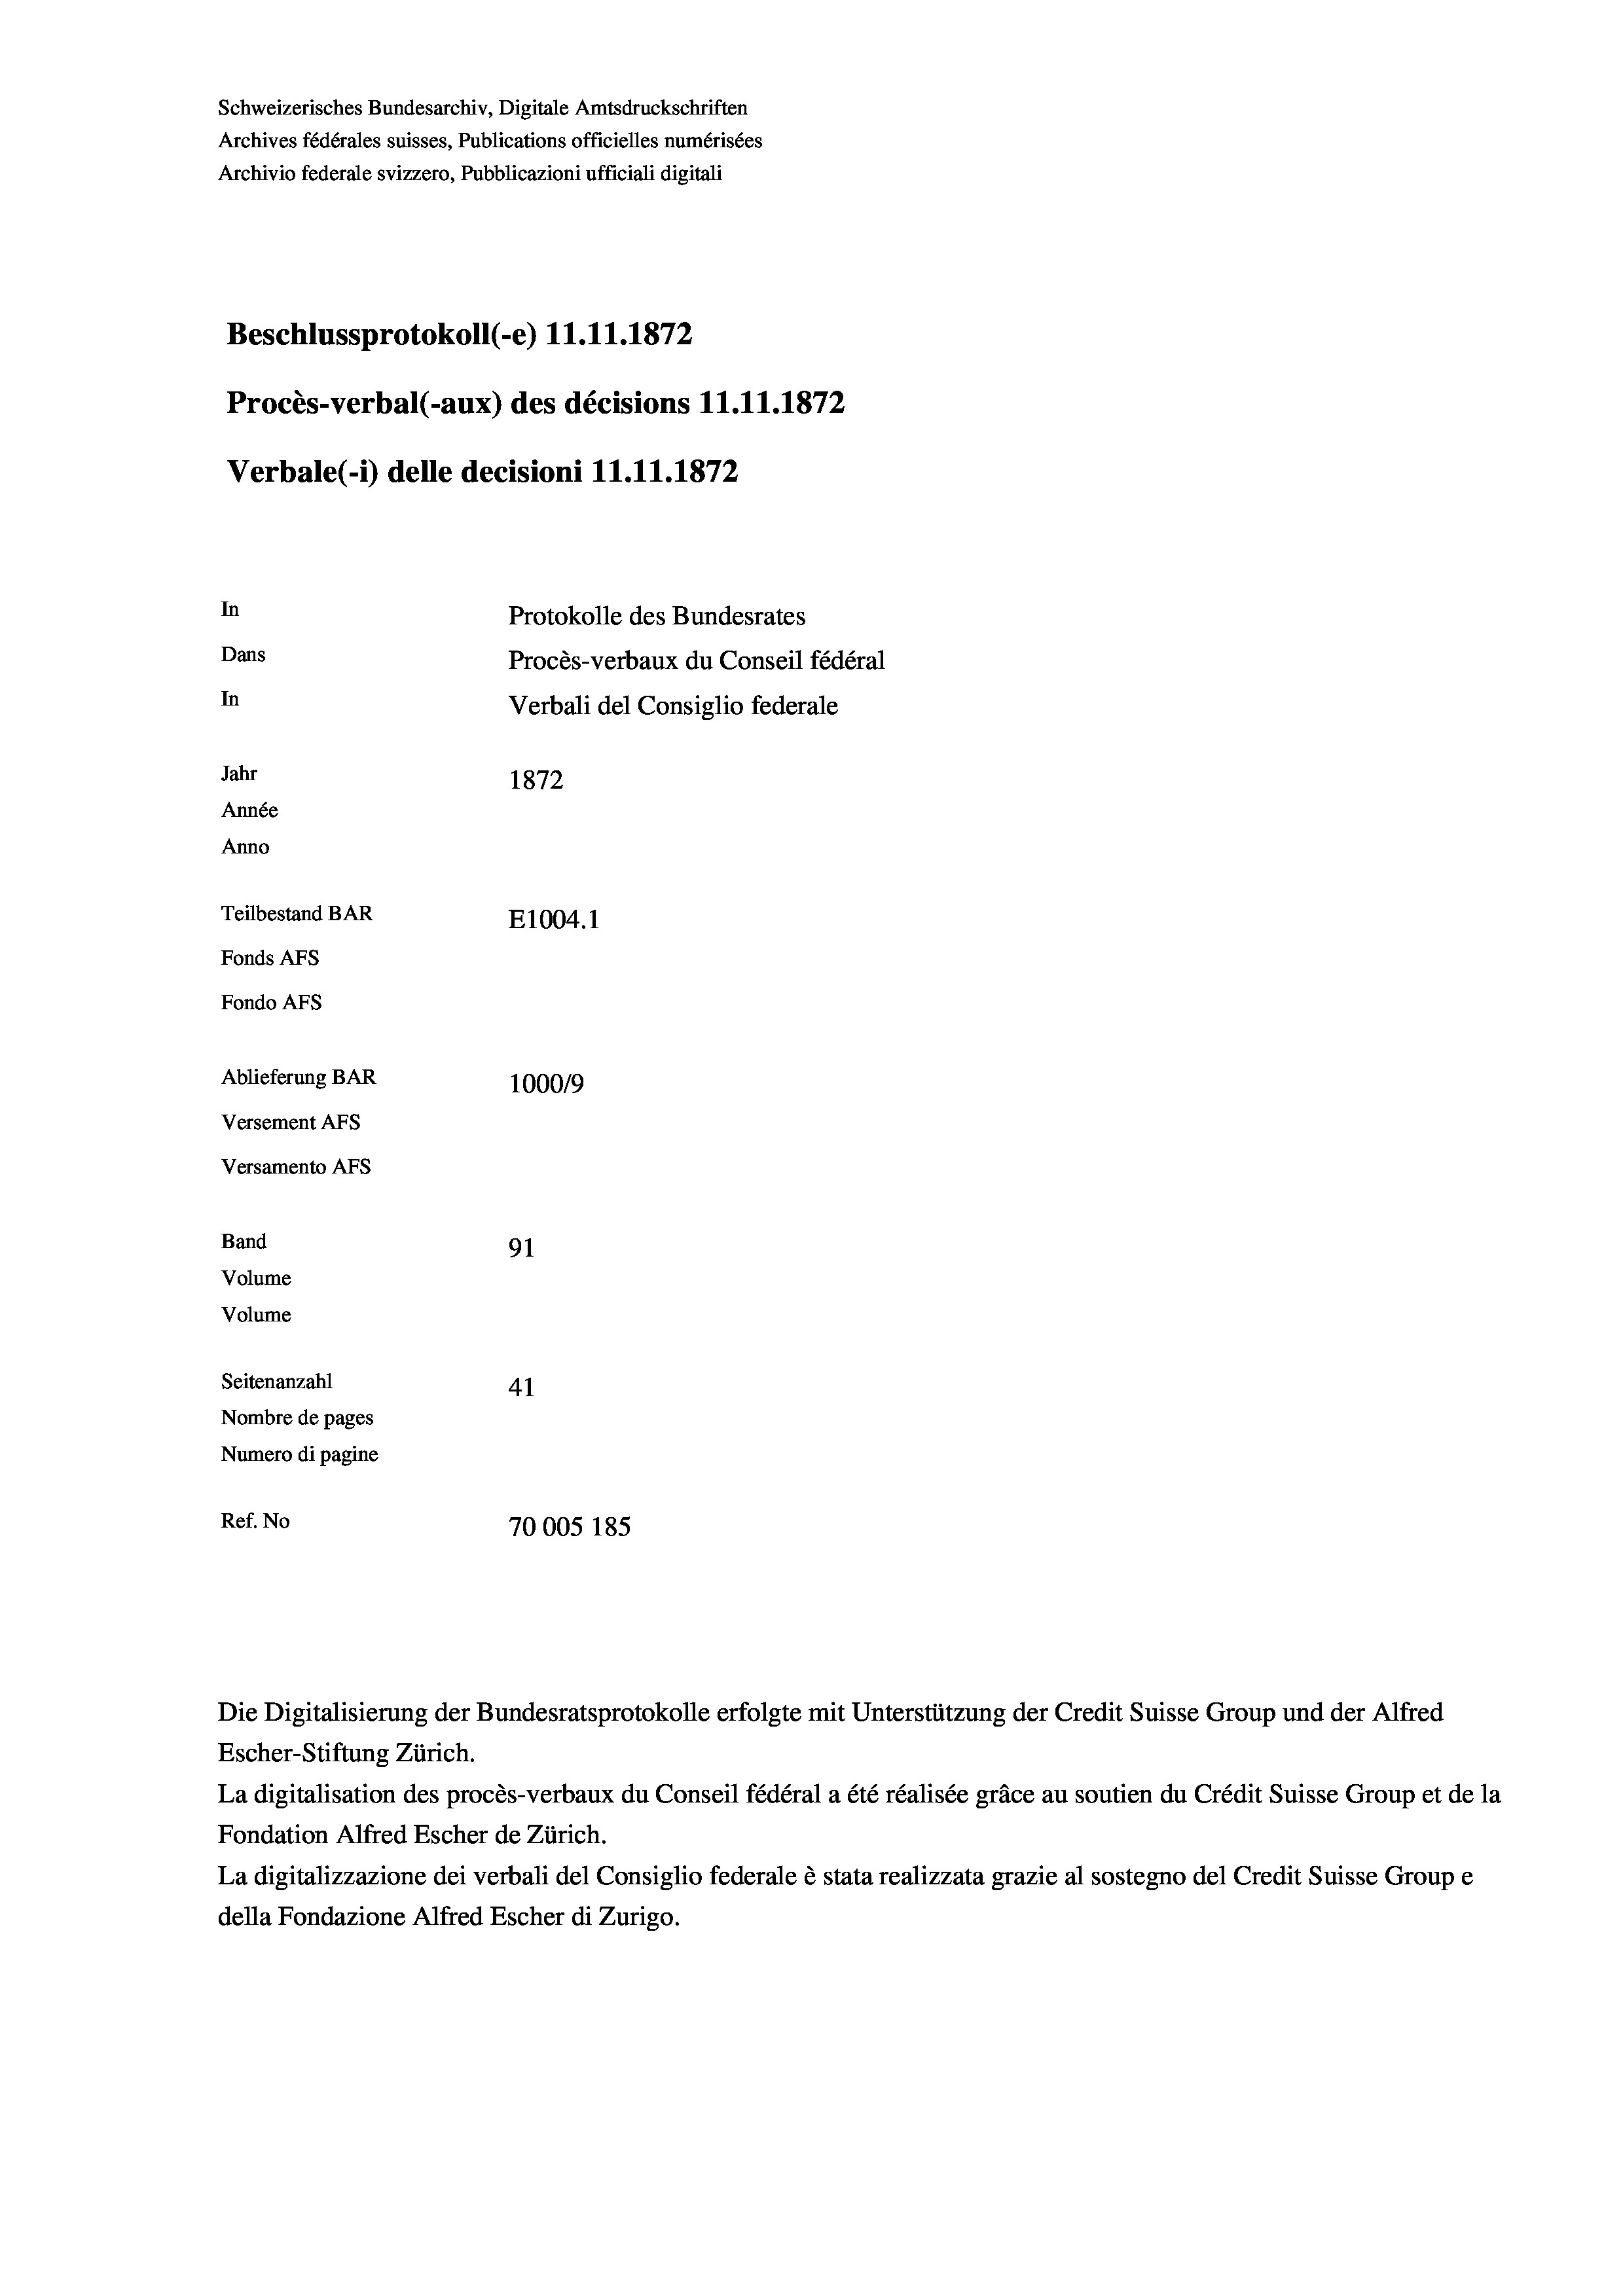
Schweizerisches Bundesarchiv, Digitale Amtsdruckschriften
Archives fédérales suisses, Publications officielles numérisées
Archivio federale svizzero, Pubblicazioni ufficiali digitali
Beschlussprotokoll (-e) 11.11.1872
Procès-verbal (-aux) des décisions 11.11.1872
Verbale (- 1) delle decisioni 11.11.1872
In
Protokolle des Bundesrates
Dans
Procès-verbaux du Conseil fédéral
In
Verbali del Consiglio federale
Jahr
1872
Année
Anno
Teilbestand BAR
E1004.1
Fonds AFs
Fondo AFs
Ablieferung BAR
100019
Versement Abs
Versamento Afs
Band
91
Volume

Volume

Seitenanzahl
41
Nombre de pages
Numero di pagine
Ref. No
70005 185

Die Digitalisierung der Bundesratsprotokolle erfolgte mit Unterstützung der Credit Suisse Group und der Alfred
Escher-Stiftung Zürich.
La digitalisation des procès-verbaux du Conseil fédéral a été réalisée gräce au soutien du Crédit Suisse Group et de la
Fondation Alfred Escher de Zürich.
La digitalizzazione dei verbali del Consiglio federale è stata realizzata grazie al sostegno del Credit Suisse Groupe
della Fondazione Alfred Escher di Zurigo.